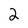
Character: 2